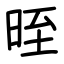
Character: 晊